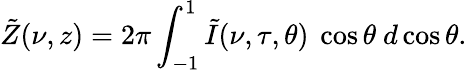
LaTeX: \tilde{Z}(\nu,z)=2\pi\int_{-1}^{1}\tilde{I}(\nu,\tau,\theta)\ \cos\theta\ d\cos\theta.